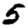
Digit: 5